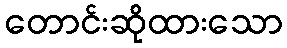
တောင်းဆိုထားသော